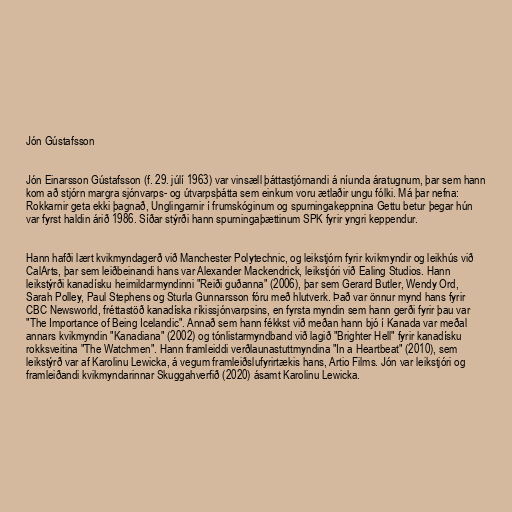
Jón Gústafsson

Jón Einarsson Gústafsson (f. 29. júlí 1963) var vinsæll þáttastjórnandi á níunda áratugnum, þar sem hann
kom að stjórn margra sjónvarps- og útvarpsþátta sem einkum voru ætlaðir ungu fólki. Má þar nefna:
Rokkarnir geta ekki þagnað, Unglingarnir í frumskóginum og spurningakeppnina Gettu betur þegar hún
var fyrst haldin árið 1986. Síðar stýrði hann spurningaþættinum SPK fyrir yngri keppendur.

Hann hafði lært kvikmyndagerð við Manchester Polytechnic, og leikstjórn fyrir kvikmyndir og leikhús við
CalArts, þar sem leiðbeinandi hans var Alexander Mackendrick, leikstjóri við Ealing Studios. Hann
leikstýrði kanadísku heimildarmyndinni "Reiði guðanna" (2006), þar sem Gerard Butler, Wendy Ord,
Sarah Polley, Paul Stephens og Sturla Gunnarsson fóru með hlutverk. Það var önnur mynd hans fyrir
CBC Newsworld, fréttastöð kanadíska ríkissjónvarpsins, en fyrsta myndin sem hann gerði fyrir þau var
"The Importance of Being Icelandic". Annað sem hann fékkst við meðan hann bjó í Kanada var meðal
annars kvikmyndin "Kanadiana" (2002) og tónlistarmyndband við lagið "Brighter Hell" fyrir kanadísku
rokksveitina "The Watchmen". Hann framleiddi verðlaunastuttmyndina "In a Heartbeat" (2010), sem
leikstýrð var af Karolinu Lewicka, á vegum framleiðslufyrirtækis hans, Artio Films. Jón var leikstjóri og
framleiðandi kvikmyndarinnar Skuggahverfið (2020) ásamt Karolinu Lewicka.